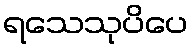
ရသေသုပိပေ